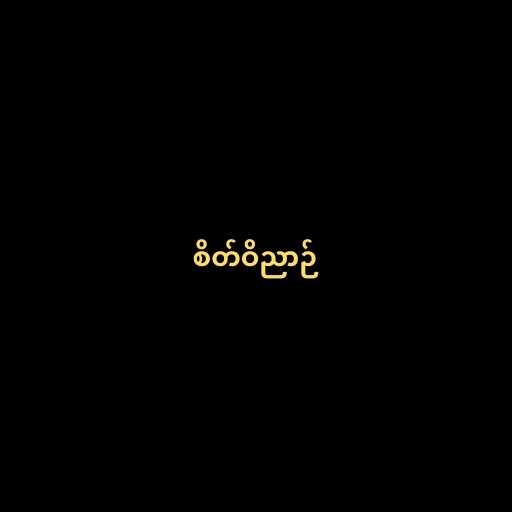
စိတ်ဝိညာဉ်